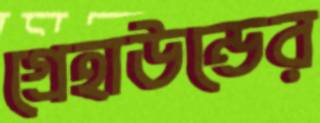
গ্রেহাউন্ডের